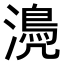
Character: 𣿆